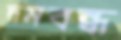
দমবন্ধ